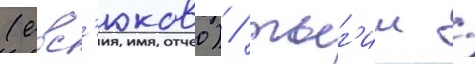
(евс'юково) / тыг'иш /